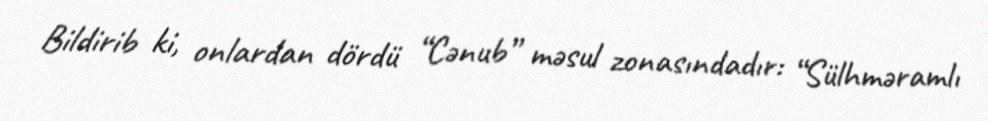
Bildirib ki, onlardan dördü “Cənub” məsul zonasındadır: “Sülhməramlı